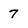
Character: 7